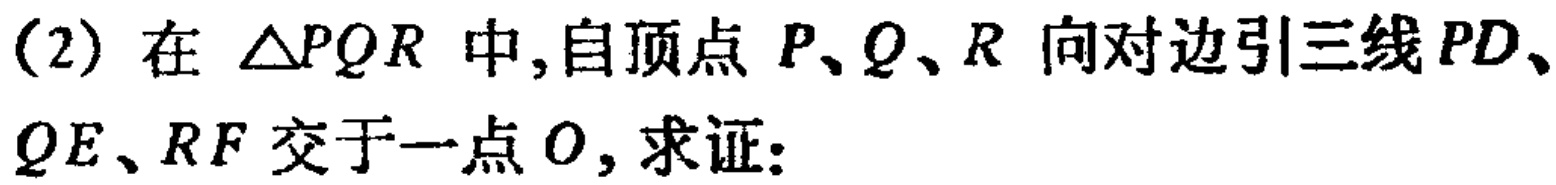
(2) 在 \(\triangle PQR\) 中,自顶点 \(P、Q、R\) 向对边引三线 \(PD、QE、RF\) 交于一点 \(O\), 求证: